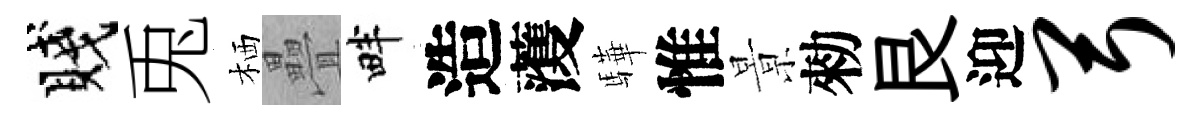
賤兎栖疊畔造𮑮驊惟㬌勑艮迎弓